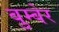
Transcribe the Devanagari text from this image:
बुम्बेर